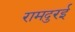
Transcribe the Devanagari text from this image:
रामदुरई